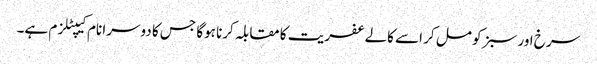
سرخ اور سبز کو مل کر اسے کالے عفریت کا مقابلہ کرنا ہوگا جس کا دوسرا نام کیپٹلزم ہے۔